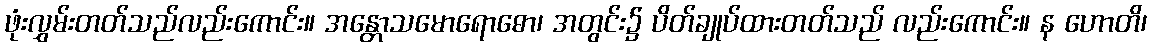
ဖုံးလွှမ်းတတ်သည်လည်းကောင်း။ အန္တောသမောရောဓော၊ အတွင်း၌ ပိတ်ချုပ်ထားတတ်သည် လည်းကောင်း။ န ဟောတိ၊